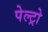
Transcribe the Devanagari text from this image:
पेल्ट्रो